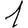
Digit: 1